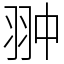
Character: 翀